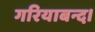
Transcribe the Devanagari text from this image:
गरियाबन्द।